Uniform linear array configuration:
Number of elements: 24
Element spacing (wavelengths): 0.25
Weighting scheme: hann
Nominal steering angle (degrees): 60
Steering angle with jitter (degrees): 60.211
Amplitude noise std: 0.05
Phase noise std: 0.05

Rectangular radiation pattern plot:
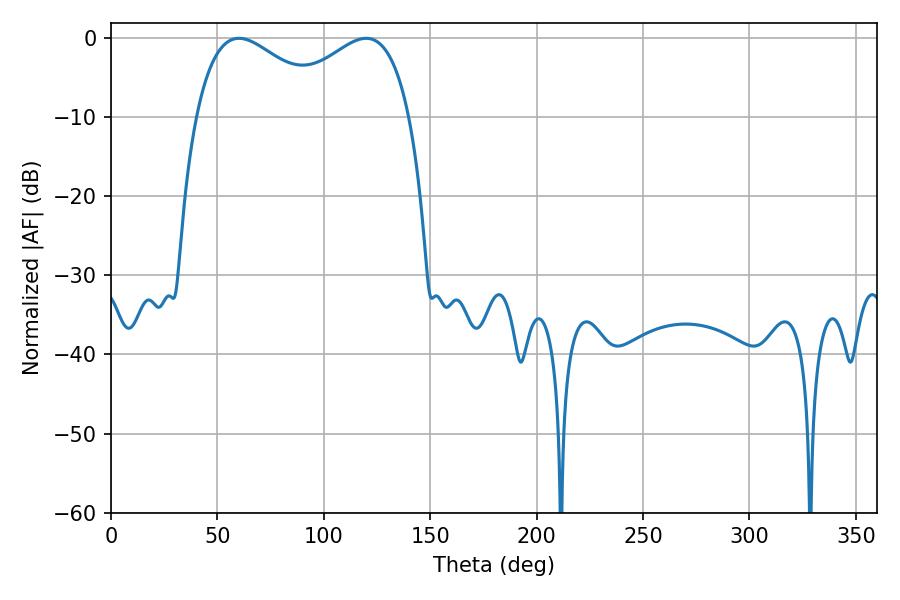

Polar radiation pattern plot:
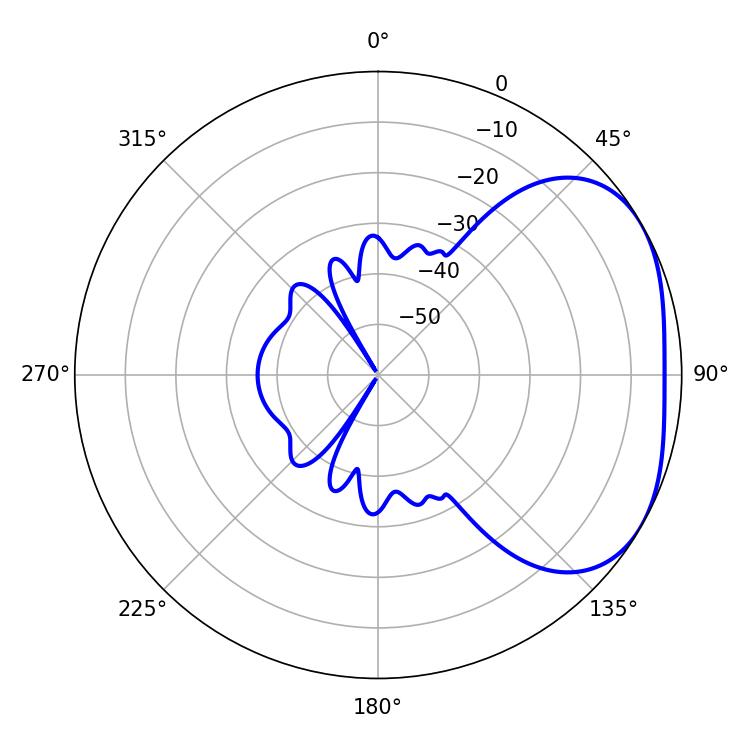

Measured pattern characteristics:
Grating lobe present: FALSE
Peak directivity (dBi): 2.902
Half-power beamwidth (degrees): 35.1
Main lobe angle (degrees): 60.12